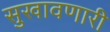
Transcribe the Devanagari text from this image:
सुखावणारी